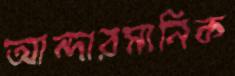
আন্দারমানিক